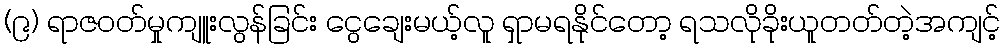
(၉) ရာဇဝတ်မှုကျူးလွန်ခြင်း ငွေချေးမယ့်လူ ရှာမရနိုင်တော့ ရသလိုခိုးယူတတ်တဲ့အကျင့်